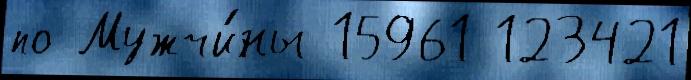
по Мужчи́ны 15961 123421